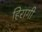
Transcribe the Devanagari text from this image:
हिरागी